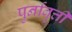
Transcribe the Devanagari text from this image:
पुर्नावृत्ती